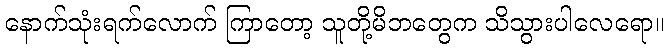
နောက်သုံးရက်လောက် ကြာတော့ သူတို့မိဘတွေက သိသွားပါလေရော။